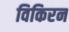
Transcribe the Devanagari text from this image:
विकिरन